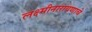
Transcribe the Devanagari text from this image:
लक्ष्मीनारायणाचे